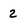
Character: 2